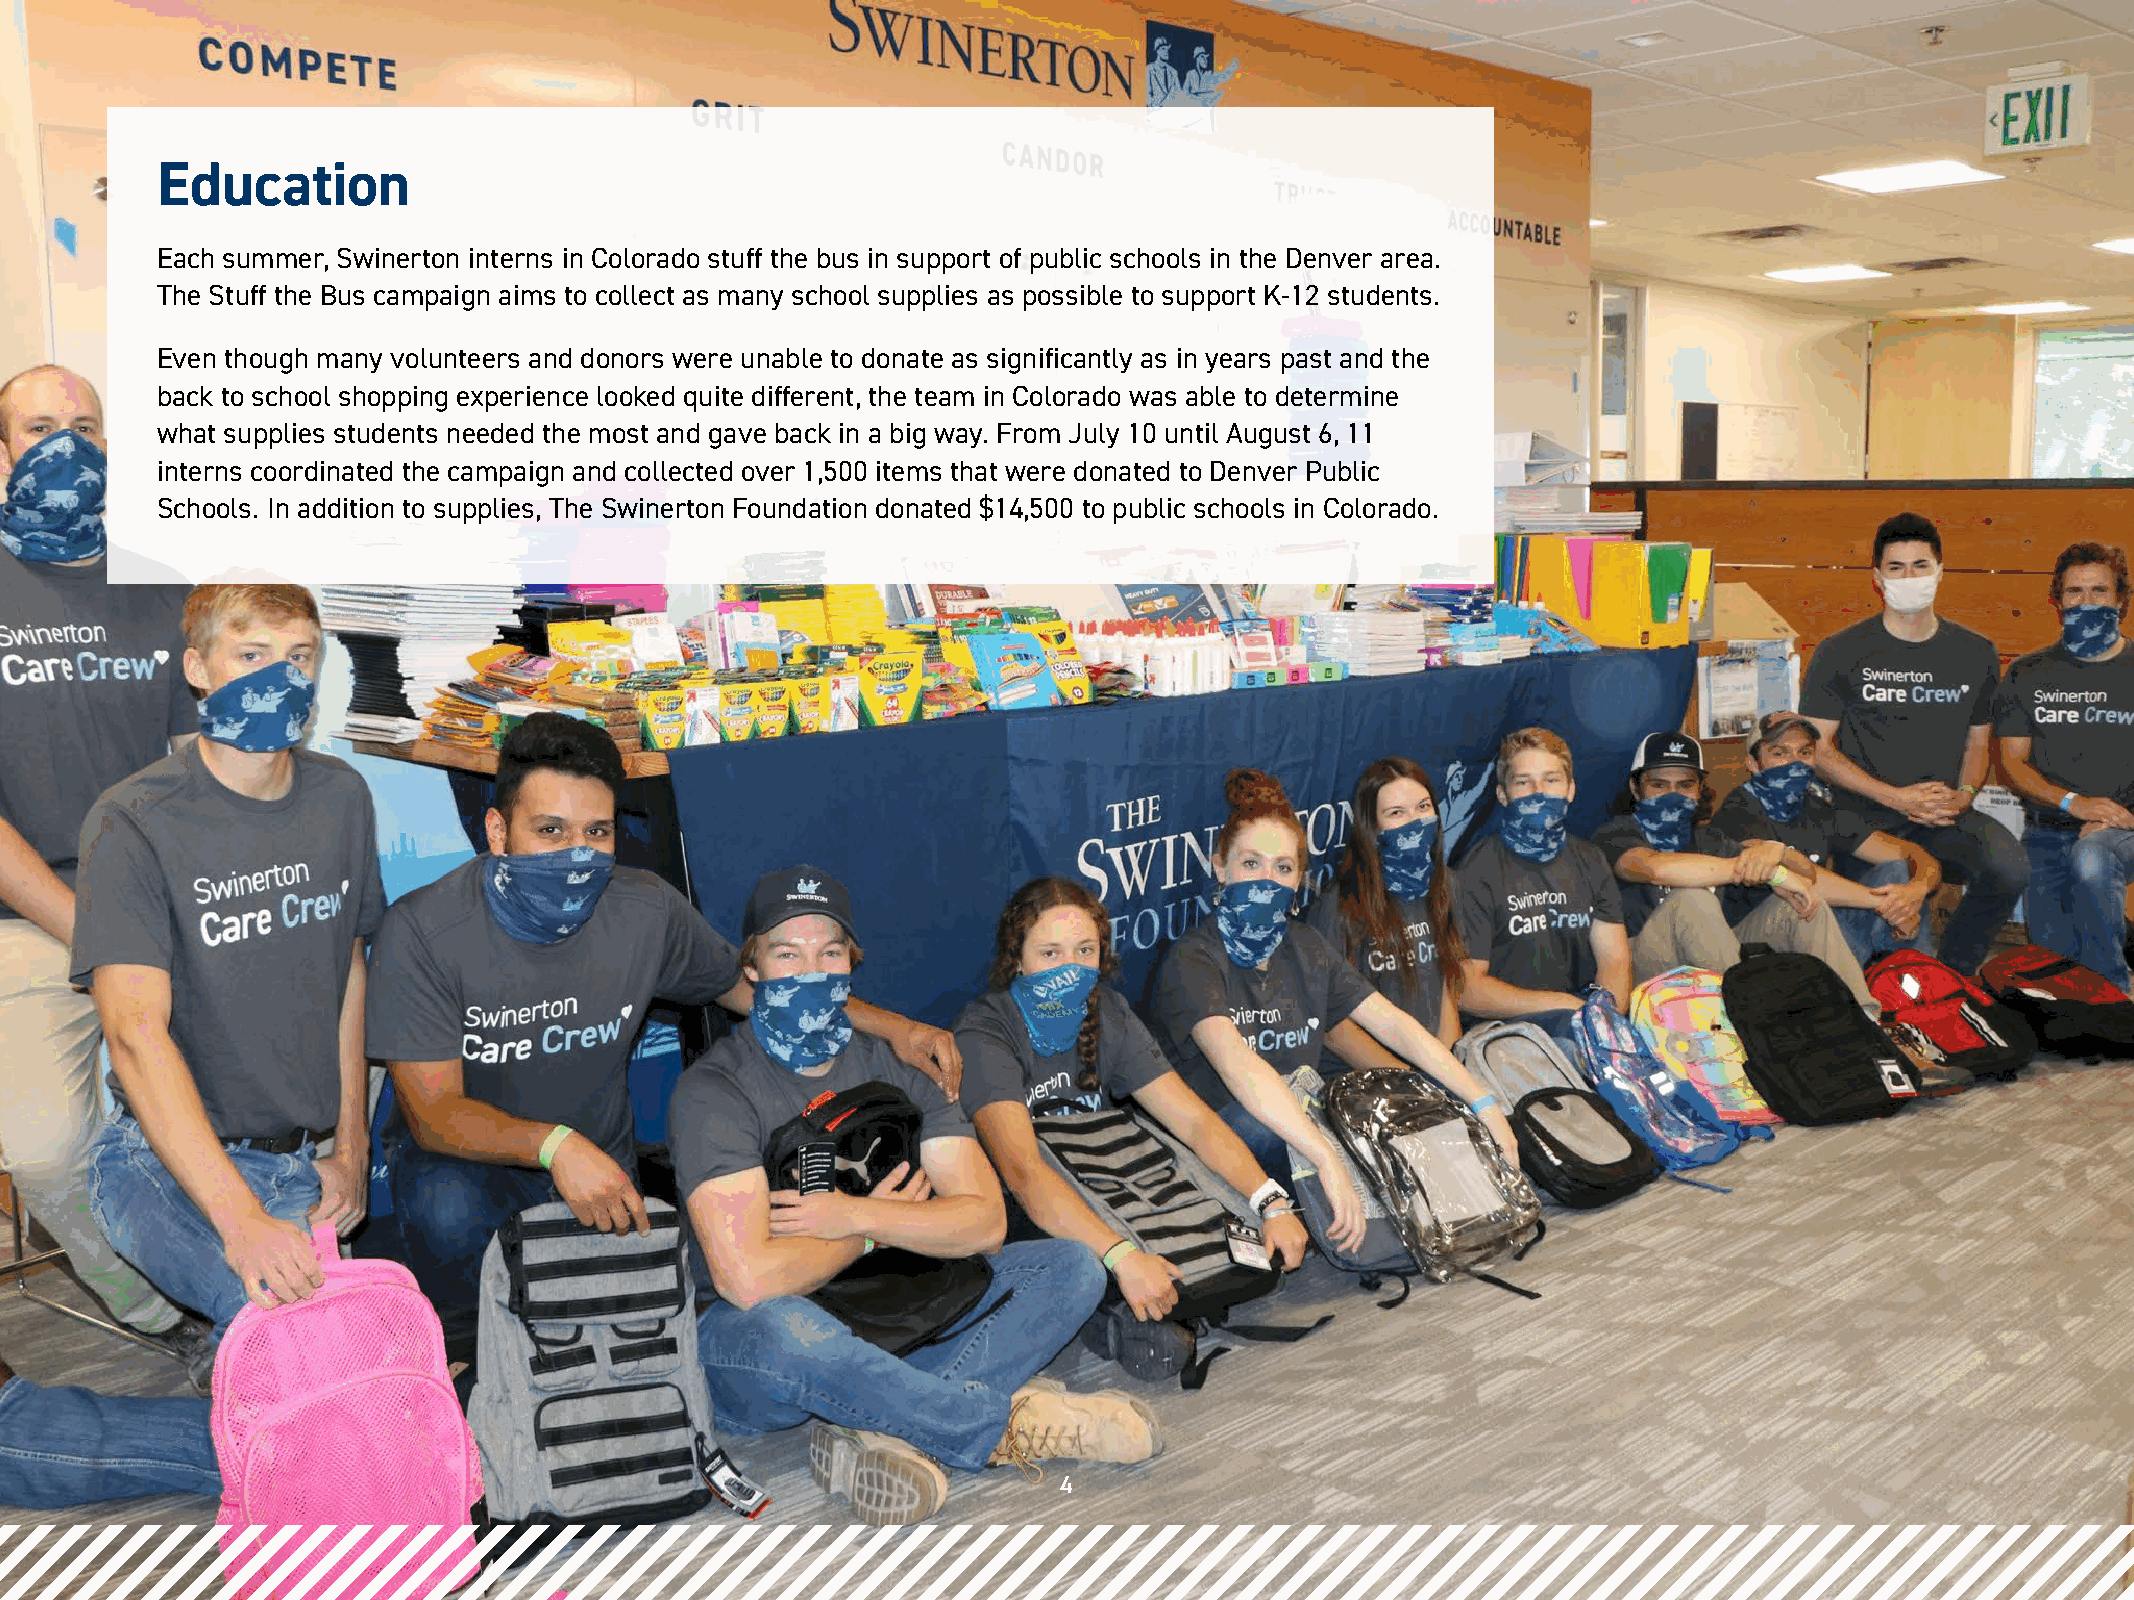
Education
 Each summer, Swinerton interns in Colorado stuff the bus in support of public schools in the Denver area.
 The Stuff the Bus campaign aims to collect as many school supplies as possible to support K-12 students.
 Even though many volunteers and donors were unable to donate as significantly as in years past and the
 back to school shopping experience looked quite different, the team in Colorado was able to determine
 what supplies students needed the most and gave back in a big way. From July 10 until August 6, 11
 interns coordinated the campaign and collected over 1,500 items that were donated to Denver Public
 Schools. In addition to supplies, The Swinerton Foundation donated $14,500 to public schools in Colorado.
 4